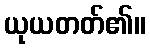
ယုယတတ်၏။